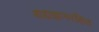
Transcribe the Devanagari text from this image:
बाह्यज्ञानरहित